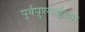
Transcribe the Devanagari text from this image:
पूर्वपुण्याईच्या